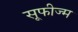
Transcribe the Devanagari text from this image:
सूफीज्म